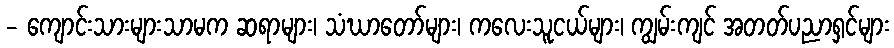
- ကျောင်းသားများသာမက ဆရာများ၊ သံဃာတော်များ၊ ကလေးသူငယ်များ၊ ကျွမ်းကျင် အတတ်ပညာရှင်များ